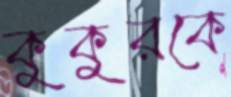
কুকুরকে